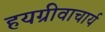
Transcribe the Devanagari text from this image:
हयग्रीवाचार्य